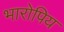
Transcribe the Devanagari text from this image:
भारोपिय